Civil Veterinary Department Bihar & Orissa reports 1922-29 - 1922-1929
Year: 1922
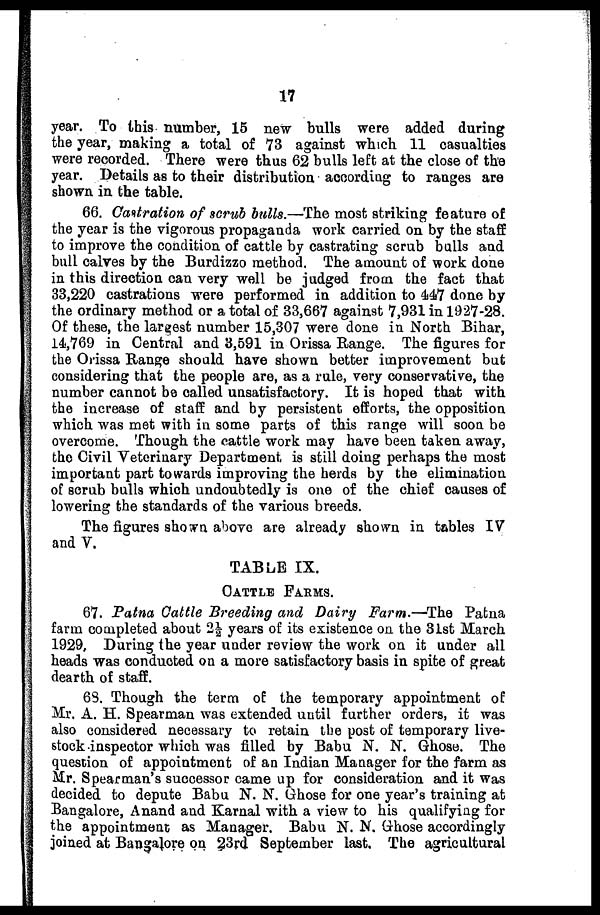
17
year. To this number, 15 new bulls were added during
the year, making a total of 73 against which 11 casualties
were recorded. There were thus 62 bulls left at the close of the
year. Details as to their distribution according to ranges are
shown in the table.
66. Castration of scrub bulls.—The most striking feature of
the year is the vigorous propaganda work carried on by the staff
to improve the condition of cattle by castrating scrub balls and
bull calves by the Burdizzo method. The amount of work done
in this direction can very well be judged from the fact that
33,220 castrations were performed in addition to 447 done by
the ordinary method or a total of 33,667 against 7,931 in 1927-28.
Of these, the largest number 15,307 were done in North Bihar,
14,769 in Central and 3,591 in Orissa Range. The figures for
the Orissa Range should have shown better improvement but
considering that the people are, as a rule, very conservative, the
number cannot be called unsatisfactory. It is hoped that with
the increase of staff and by persistent, efforts, the opposition
which was met with in some parts of this range will soon be
overcome. Though the cattle work may have been taken away,
the Civil Veterinary Department is still doing perhaps the most
important part towards improving the herds by the elimination
of scrub bulls which undoubtedly is one of the chief causes of
lowering the standards of the various breeds.
The figures shown above are already shown in tables IV
and V.
TABLE IX.
CATTLE FARMS.
67. Patna Cattle Breeding and Dairy Farm.—The Patna
farm completed about 2 years of its existence on the 31st March
1929, During the year under review the work on it under all
heads was conducted on a more satisfactory basis in spite of great
dearth of staff.
6S. Though the term of the temporary appointment of
Mr. A. H. Spearman was extended until further orders, it was
also considered necessary to retain the post of temporary live-
stock inspector which was filled by Babu N. N. Ghose. The
question of appointment of an Indian Manager for the farm as
Mr. Spearman's successor came up for consideration and it was
decided to depute Babu N. N. Ghose for one year's training at
Bangalore, Anand and Karnal with a view to his qualifying for
the appointment as Manager. Babu N. N. Ghose accordingly
joined at Bangalore on 23rd September last. The agricultural